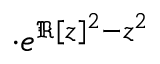
\cdot e ^ { \Re [ z ] ^ { 2 } - z ^ { 2 } }